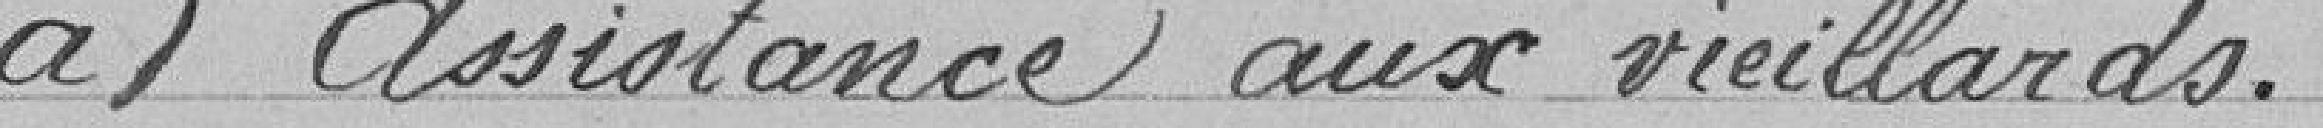
a) Assistance aux vieillards